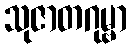
သုဇာတဂုမ္ဗာ